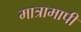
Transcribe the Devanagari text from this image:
मात्रामापी